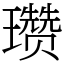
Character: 瓒